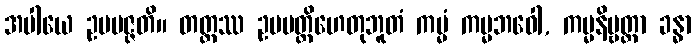
အပါယေ ဥပပဇ္ဇတိ။ တတ္ထဿ ဥပပတ္တိဟေတုဘူတံ ကမ္မံ ကမ္မဘဝေါ, ကမ္မနိဗ္ဗတ္တာ ခန္ဓာ